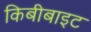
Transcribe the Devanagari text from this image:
किबीबाइट